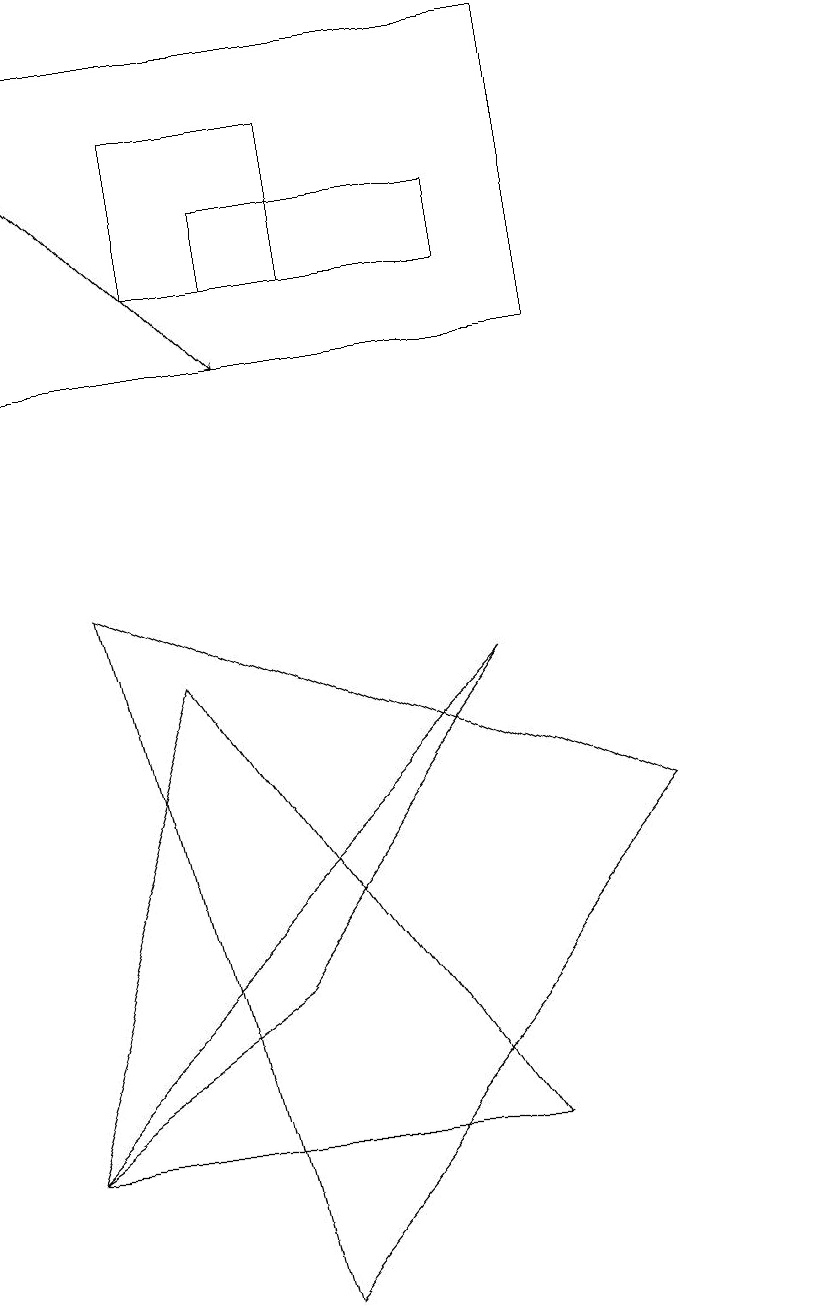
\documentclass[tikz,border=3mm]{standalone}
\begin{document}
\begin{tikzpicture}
\draw (10,11) circle (0);
\draw (3,4) -- (0,2) -- (6,8) -- cycle;
\draw (2,15) rectangle (4,13);
\draw (3,0) -- (1,9) -- (8,6) -- cycle;
\draw (0,16) rectangle (7,12);
\draw (3,14) rectangle (6,13);
\draw[->] (0,15) -- (3,12);
\draw (0,2) -- (2,8) -- (6,2) -- cycle;
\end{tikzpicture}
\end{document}